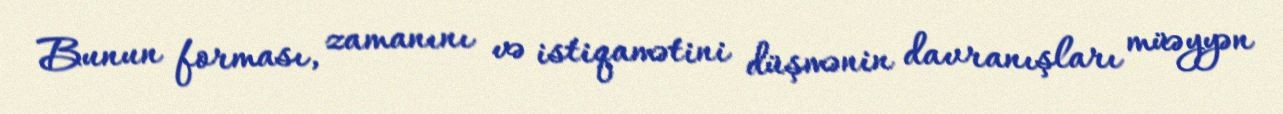
Bunun forması, zamanını və istiqamətini düşmənin davranışları müəyyən